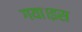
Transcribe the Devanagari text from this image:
गया।इस